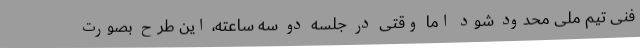
فنی تیم ملی محدود شود اما وقتی در جلسه دو سه ساعته، این طرح بصورت